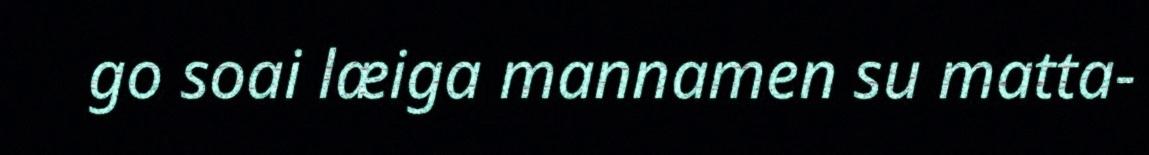
go soai læiga mannamen su matta-